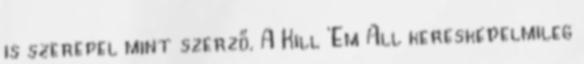
is szerepel mint szerző. A Kill 'Em All kereskedelmileg